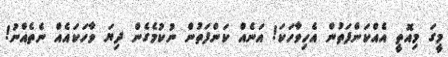
މީގަ މިއޮތީ އެއްކަންފަތުން އެހިވާހަކަ! އަނެއް ކަންފަތުން ނުކުމެގެން ދިޔަ ވާހަކައެއް ނެތެއްނު!